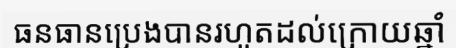
ធនធានប្រេងបានរហូតដល់ក្រោយឆ្នាំ